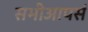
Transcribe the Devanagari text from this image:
सभीआपसं